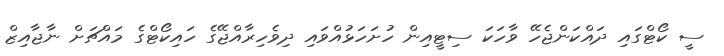
ސީ ކޯޓްގައި ދައްކަންޖެހޭ ވާހަކަ ސިޓީއިން ހުށަހަޅުއްވައި ދިވެހިރާއްޖޭގެ ހައިކޯޓްގެ މައްޗަށް ނާޖާއިޒް